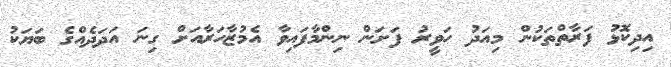
އިދިކޮޅު ފަރާތްތަކުން މިއަދު ހަވީރު ފަށަން ނިންމާފައިވާ އެމުޒާހަރާއަށް ގިނަ އަދަދެއްގެ ބަޔަކު